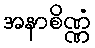
အနာစိဏ္ဏံ